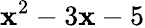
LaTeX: \mathbf{x}^{2}-3\mathbf{x}-5